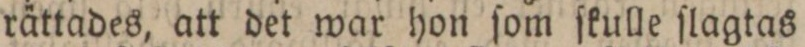
rättades, att det war hon ſom ſkulle ſlagtas